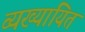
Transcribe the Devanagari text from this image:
व्यख्यायित